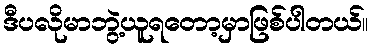
ဒီပလိုမာဘွဲ့ယူရတော့မှာဖြစ်ပါတယ်။